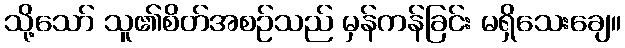
သို့သော် သူ၏စိတ်အစဉ်သည် မှန်ကန်ခြင်း မရှိသေးချေ။